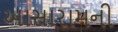
આસારામની